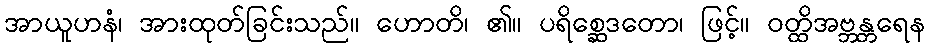
အာယူဟနံ၊ အားထုတ်ခြင်းသည်။ ဟောတိ၊ ၏။ ပရိစ္ဆေဒတော၊ ဖြင့်။ ဝတ္ထိအဗ္ဘန္တရေန